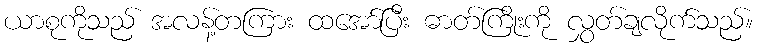
ယာစုကိုသည် အလန့်တကြား ထအော်ပြီး ဓာတ်ကြိုးကို လွှတ်ချလိုက်သည်။